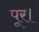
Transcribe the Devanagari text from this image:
पूर।